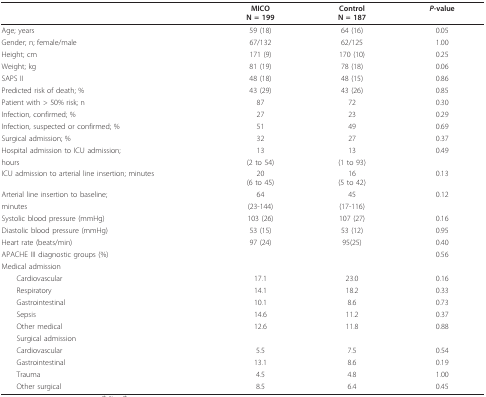
<table><thead><tr><td></td><td><b>MICON = 199</b></td><td><b>ControlN = 187</b></td><td><b><i>P-</i>value</b></td></tr></thead><tbody><tr><td>Age; years</td><td>59 (18)</td><td>64 (16)</td><td>0.05</td></tr><tr><td>Gender; n; female/male</td><td>67/132</td><td>62/125</td><td>1.00</td></tr><tr><td>Height; cm</td><td>171 (9)</td><td>170 (10)</td><td>0.25</td></tr><tr><td>Weight; kg</td><td>81 (19)</td><td>78 (18)</td><td>0.06</td></tr><tr><td>SAPS II</td><td>48 (18)</td><td>48 (15)</td><td>0.86</td></tr><tr><td>Predicted risk of death; %</td><td>43 (29)</td><td>43 (26)</td><td>0.85</td></tr><tr><td>Patient with &gt; 50% risk; n</td><td>87</td><td>72</td><td>0.30</td></tr><tr><td>Infection, confirmed; %</td><td>27</td><td>23</td><td>0.29</td></tr><tr><td>Infection, suspected or confirmed; %</td><td>51</td><td>49</td><td>0.69</td></tr><tr><td>Surgical admission; %</td><td>32</td><td>27</td><td>0.37</td></tr><tr><td>Hospital admission to ICU admission;</td><td>13</td><td>13</td><td>0.49</td></tr><tr><td>hours</td><td>(2 to 54)</td><td>(1 to 93)</td><td></td></tr><tr><td>ICU admission to arterial line insertion; minutes</td><td>20(6 to 45)</td><td>16(5 to 42)</td><td>0.13</td></tr><tr><td>Arterial line insertion to baseline;</td><td>64</td><td>45</td><td>0.12</td></tr><tr><td>minutes</td><td>(23-144)</td><td>(17-116)</td><td></td></tr><tr><td>Systolic blood pressure (mmHg)</td><td>103 (26)</td><td>107 (27)</td><td>0.16</td></tr><tr><td>Diastolic blood pressure (mmHg)</td><td>53 (15)</td><td>53 (12)</td><td>0.95</td></tr><tr><td>Heart rate (beats/min)</td><td>97 (24)</td><td>95(25)</td><td>0.40</td></tr><tr><td>APACHE III diagnostic groups (%)</td><td></td><td></td><td>0.56</td></tr><tr><td>Medical admission</td><td></td><td></td><td></td></tr><tr><td> Cardiovascular</td><td>17.1</td><td>23.0</td><td>0.16</td></tr><tr><td> Respiratory</td><td>14.1</td><td>18.2</td><td>0.33</td></tr><tr><td> Gastrointestinal</td><td>10.1</td><td>8.6</td><td>0.73</td></tr><tr><td> Sepsis</td><td>14.6</td><td>11.2</td><td>0.37</td></tr><tr><td> Other medical</td><td>12.6</td><td>11.8</td><td>0.88</td></tr><tr><td> Surgical admission</td><td></td><td></td><td></td></tr><tr><td> Cardiovascular</td><td>5.5</td><td>7.5</td><td>0.54</td></tr><tr><td> Gastrointestinal</td><td>13.1</td><td>8.6</td><td>0.19</td></tr><tr><td> Trauma</td><td>4.5</td><td>4.8</td><td>1.00</td></tr><tr><td> Other surgical</td><td>8.5</td><td>6.4</td><td>0.45</td></tr></tbody></table>